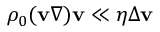
\rho _ { 0 } ( \mathbf { v } \nabla ) \mathbf { v } \ll \eta \Delta \mathbf { v }